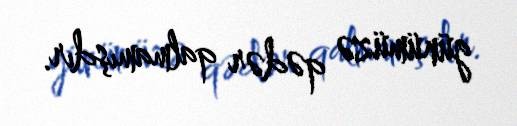
günümüzə qədər qalmamışdır.